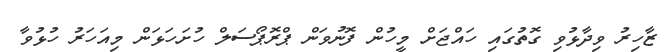
ޒާހިރު ވިދާޅުވި ގޮތުގައި ހައްޖަށް މީހުން ފޮނުވަން ޕްރޮޕޯސަލް ހުށަހަޅަން މިއަހަރު ހުޅުވާ